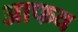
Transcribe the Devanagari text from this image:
आफव